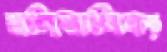
মণিমাণিক্য